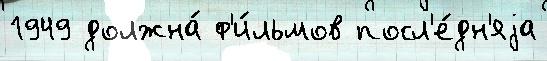
1949 должна́ ф'и́льмов посл'е́дн'яjа